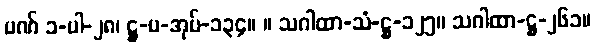
ပဏ် ၁-ပါ-၂၈၊ ဋ္ဌ-ပ-အုပ်-၁၃၄။ ။ သဂါထာ-သံ-ဋ္ဌ-၁၂၅။ သဂါထာ-ဋ္ဌ-၂၆၁။